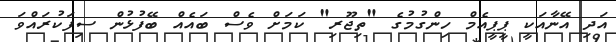
އަދި އޭނާއަކީ ޕީޕީއެމް ހިންގުމުގެ "ތިޖޫރި" ކަމަށް ވެސް ބައެއް ބޭފުޅުން ސިފަކުރައްވަ